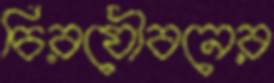
চিরযৌবনের